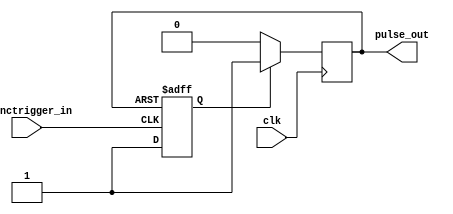
`timescale 1ns / 1ps
//////////////////////////////////////////////////////////////////////////////////
// Company:  University of Minnesota
// 
// Design Name: 
// Module Name:    RadCounterWCoincidenceV1a 
// Project Name: 
// Target Devices: 
// Tool versions: 
// Description: 
//
// Dependencies: 
//
// Revision: 10/20/16 Updated Comments
// Revision 0.01 - File Created
// Additional Comments: 
//
//////////////////////////////////////////////////////////////////////////////////

module OneShotV4( 
	input clk,
	input asynctrigger_in,
	output reg pulse_out = 0
	);
	
	reg trig_set = 0;

    //asynchronous flip-flop		
	always@(posedge asynctrigger_in or posedge pulse_out)
		if( pulse_out)
			trig_set <= 0;
		else
			trig_set <=1;		

	always@( posedge clk)
		if( trig_set)
			pulse_out <= 1;
		else
			pulse_out <=0;
			
endmodule